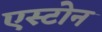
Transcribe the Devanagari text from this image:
एस्टोन